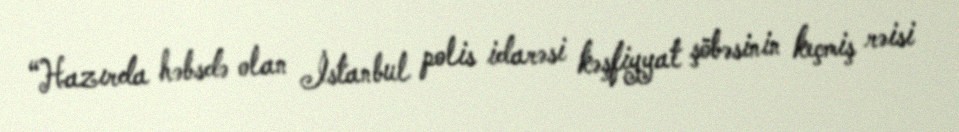
“Hazırda həbsdə olan İstanbul polis idarəsi kəşfiyyat şöbəsinin keçmiş rəisi